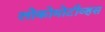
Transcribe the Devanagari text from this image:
लोकोमोटीव्हस